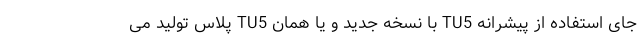
جای استفاده از پیشرانه TU5 با نسخه جدید و یا همان TU5 پلاس تولید می